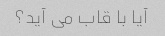
آیا با قاب می آید؟